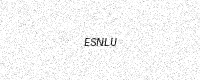
Text: ESNLU